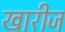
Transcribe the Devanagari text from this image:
खारीज